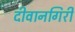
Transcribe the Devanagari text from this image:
दीवानगिरी